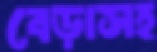
বেড়াসহ